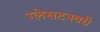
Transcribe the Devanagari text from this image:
ग्लेसटनबरी